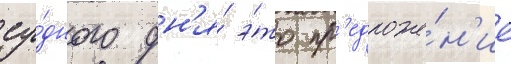
су́дного дн'я́ э́то пр'едложе́н'ие